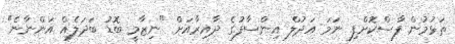
ތަޅުމުން ފާސްކޮށްފި ނަމަ އަދުލް އިންސާފުގެ ދާއިރާއަށް "ނިޒާމީ ބޮޑު ބަދަލެއް އަންނާނެ"